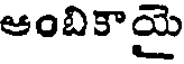
ఆంబికాయై